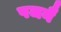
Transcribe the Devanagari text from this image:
पजनै